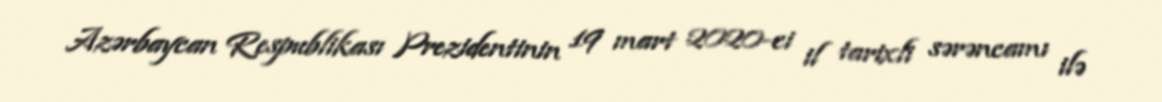
Azərbaycan Respublikası Prezidentinin 19 mart 2020-ci il tarixli sərəncamı ilə